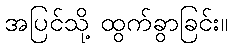
အပြင်သို့ ထွက်ခွာခြင်း။